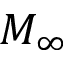
M _ { \infty }